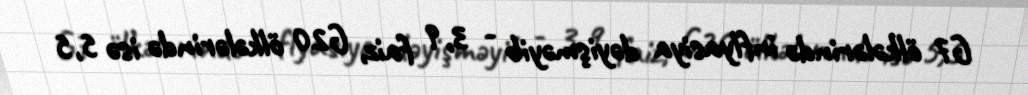
G7 ölkələrində inflyasiya dəyişməyib - 3,9 faiz, G20 ölkələrində isə 5,5